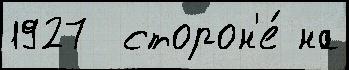
1927  сторон'е́ на